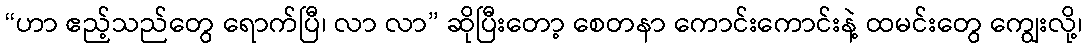
“ဟာ ဧည့်သည်တွေ ရောက်ပြီ၊ လာ လာ” ဆိုပြီးတော့ စေတနာ ကောင်းကောင်းနဲ့ ထမင်းတွေ ကျွေးလို့၊